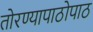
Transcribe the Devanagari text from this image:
तोरण्यापाठोपाठ